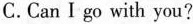
C.CanIgo with you?